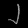
Digit: ၂